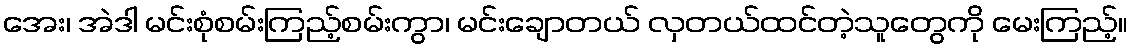
အေး၊ အဲဒါ မင်းစုံစမ်းကြည့်စမ်းကွာ၊ မင်းချောတယ် လှတယ်ထင်တဲ့သူတွေကို မေးကြည့်။